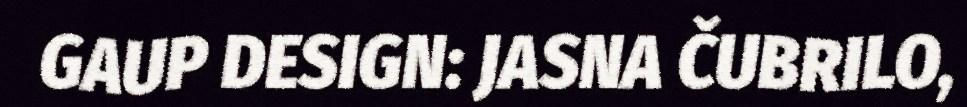
GAUP DESIGN: JASNA ČUBRILO,